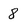
Character: 8